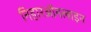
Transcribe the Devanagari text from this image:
निहारऑनलाइन